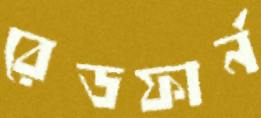
রেডফার্ন